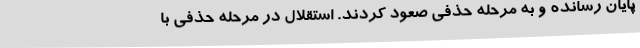
پایان رسانده و به مرحله حذفی صعود کردند. استقلال در مرحله حذفی با